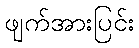
ဖျက်အားပြင်း